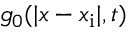
g _ { 0 } ( | x - x _ { \mathrm { i } } | , t )